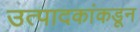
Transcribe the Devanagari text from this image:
उत्पादकांकडून